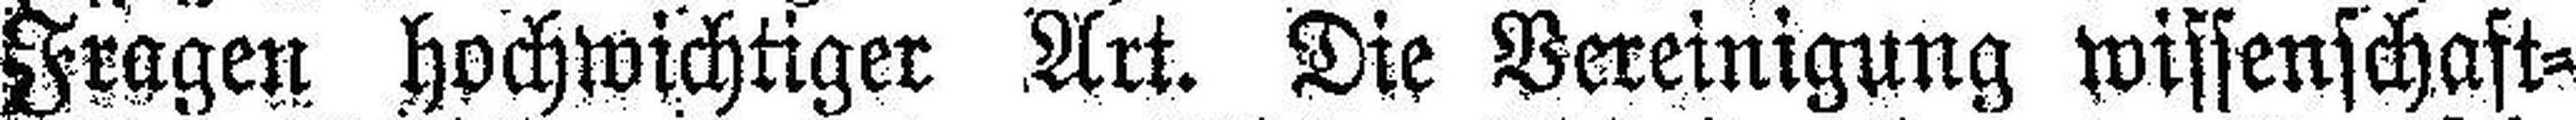
Fragen hochwichtiger Art. Die Bereinigung wissenschaft¬